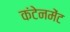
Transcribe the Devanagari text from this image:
कंटेनमेंट